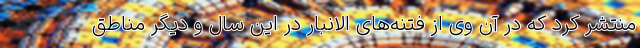
منتشر کرد که در آن وی از فتنه‌های الانبار در این سال و دیگر مناطق